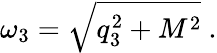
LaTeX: \omega_{3}=\sqrt{q_{3}^{2}+M^{2}}\ .